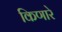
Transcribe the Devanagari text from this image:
किणारे